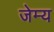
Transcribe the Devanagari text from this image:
जेम्य